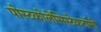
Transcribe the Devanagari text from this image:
पोस्टकोलेसिस्टेकटॉमी